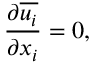
\frac { \partial { \overline { { u _ { i } } } } } { \partial { x _ { i } } } = 0 ,